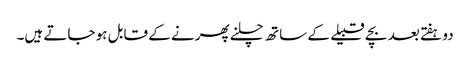
دو ہفتے بعد بچے قبیلے کے ساتھ چلنے پھرنے کے قابل ہو جاتے ہیں۔